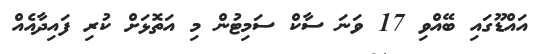
އައްޑޫގައި ބޭއްވި 17 ވަނަ ސާކް ސަމިޓުން މި އަތޮޅަށް ކުރި ފައިދާއެއް